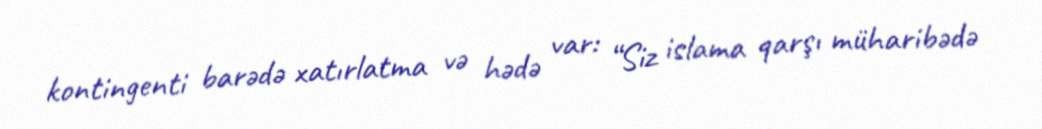
kontingenti barədə xatırlatma və hədə var: “Siz islama qarşı müharibədə